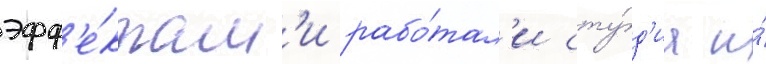
эфф'е́ктам'и рабо́тал'и сту́д'иа и́